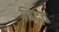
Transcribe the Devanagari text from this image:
चिद्गत